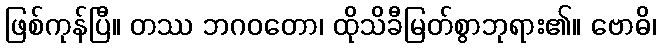
ဖြစ်ကုန်ပြီ။ တဿ ဘဂဝတော၊ ထိုသိခီမြတ်စွာဘုရား၏။ ဗောဓိ၊